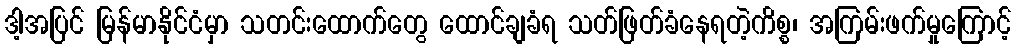
ဒါ့အပြင် မြန်မာနိုင်ငံမှာ သတင်းထောက်တွေ ထောင်ချခံရ သတ်ဖြတ်ခံနေရတဲ့ကိစ္စ၊ အကြမ်းဖက်မှုကြောင့်